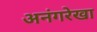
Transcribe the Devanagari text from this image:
अनंगरेखा